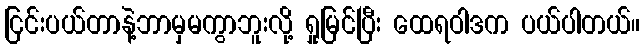
ငြင်းပယ်တာနဲ့ဘာမှမကွာဘူးလို့ ရှုမြင်ပြီး ထေရဝါဒက ပယ်ပါတယ်။